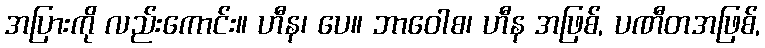
အပြားကို လည်းကောင်း။ ဟီန၊ ပေ။ ဘာဝေါစ၊ ဟီန အဖြစ်, ပဏီတအဖြစ်,